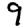
Digit: 9